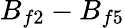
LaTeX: B_{f2}-B_{f5}